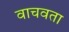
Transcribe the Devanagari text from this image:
वाचवता